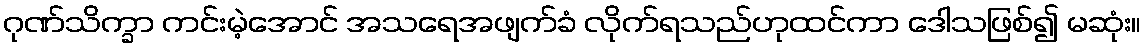
ဂုဏ်သိက္ခာ ကင်းမဲ့အောင် အသရေအဖျက်ခံ လိုက်ရသည်ဟုထင်ကာ ဒေါသဖြစ်၍ မဆုံး။